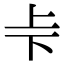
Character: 𠧗